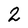
Character: 2